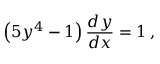
\left( 5 y ^ { 4 } - 1 \right) { \frac { d y } { d x } } = 1 \, ,